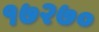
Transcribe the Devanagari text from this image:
१७२७०